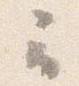
云